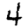
Digit: 4